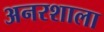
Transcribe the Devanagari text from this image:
अनरशाला